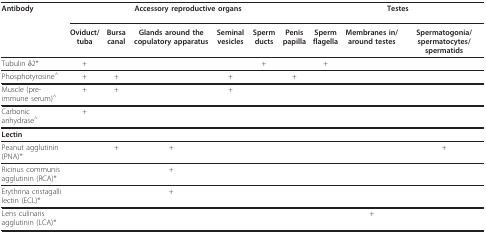
<table><thead><tr><td><b>Antibody</b></td><td colspan="6"><b>Accessory reproductive organs</b></td><td colspan="3"><b>Testes</b></td></tr><tr><td></td><td><b>Oviduct/tuba</b></td><td><b>Bursa canal</b></td><td><b>Glands around the copulatory apparatus</b></td><td><b>Seminal vesicles</b></td><td><b>Sperm ducts</b></td><td><b>Penis papilla</b></td><td><b>Sperm flagella</b></td><td><b>Membranes in/around testes</b></td><td><b>Spermatogonia/spermatocytes/spermatids</b></td></tr></thead><tbody><tr><td>Tubulin δ2*</td><td>+</td><td></td><td></td><td></td><td>+</td><td></td><td>+</td><td></td><td></td></tr><tr><td>Phosphotyrosine<sup>^</sup></td><td>+</td><td>+</td><td></td><td>+</td><td></td><td>+</td><td></td><td></td><td></td></tr><tr><td>Muscle (pre-immune serum)<sup>^</sup></td><td>+</td><td>+</td><td></td><td>+</td><td></td><td></td><td></td><td></td><td></td></tr><tr><td>Carbonic anhydrase<sup>^</sup></td><td>+</td><td></td><td></td><td></td><td></td><td></td><td></td><td></td><td></td></tr><tr><td><b>Lectin</b></td><td></td><td></td><td></td><td></td><td></td><td></td><td></td><td></td><td></td></tr><tr><td>Peanut agglutinin (PNA)*</td><td></td><td>+</td><td>+</td><td></td><td></td><td></td><td></td><td></td><td>+</td></tr><tr><td>Ricinus communis agglutinin (RCA)*</td><td></td><td></td><td>+</td><td></td><td></td><td></td><td></td><td></td><td></td></tr><tr><td>Erythrina cristagalli lectin (ECL)*</td><td></td><td></td><td>+</td><td></td><td></td><td></td><td></td><td></td><td></td></tr><tr><td>Lens culinaris agglutinin (LCA)*</td><td></td><td></td><td></td><td></td><td></td><td></td><td></td><td>+</td><td></td></tr></tbody></table>